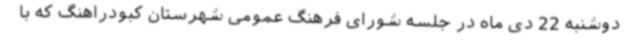
دوشنبه 22 دی ماه در جلسه شورای فرهنگ عمومی شهرستان کبودراهنگ که با